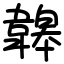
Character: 韟